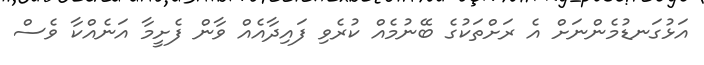
އަޅުގަނޑުމެންނަށް އެ ރަށްތަކުގެ ބޭނުމެއް ކުރެވި ފައިދާއެއް ވާން ފެށީމާ އަނެއްކާ ވެސް